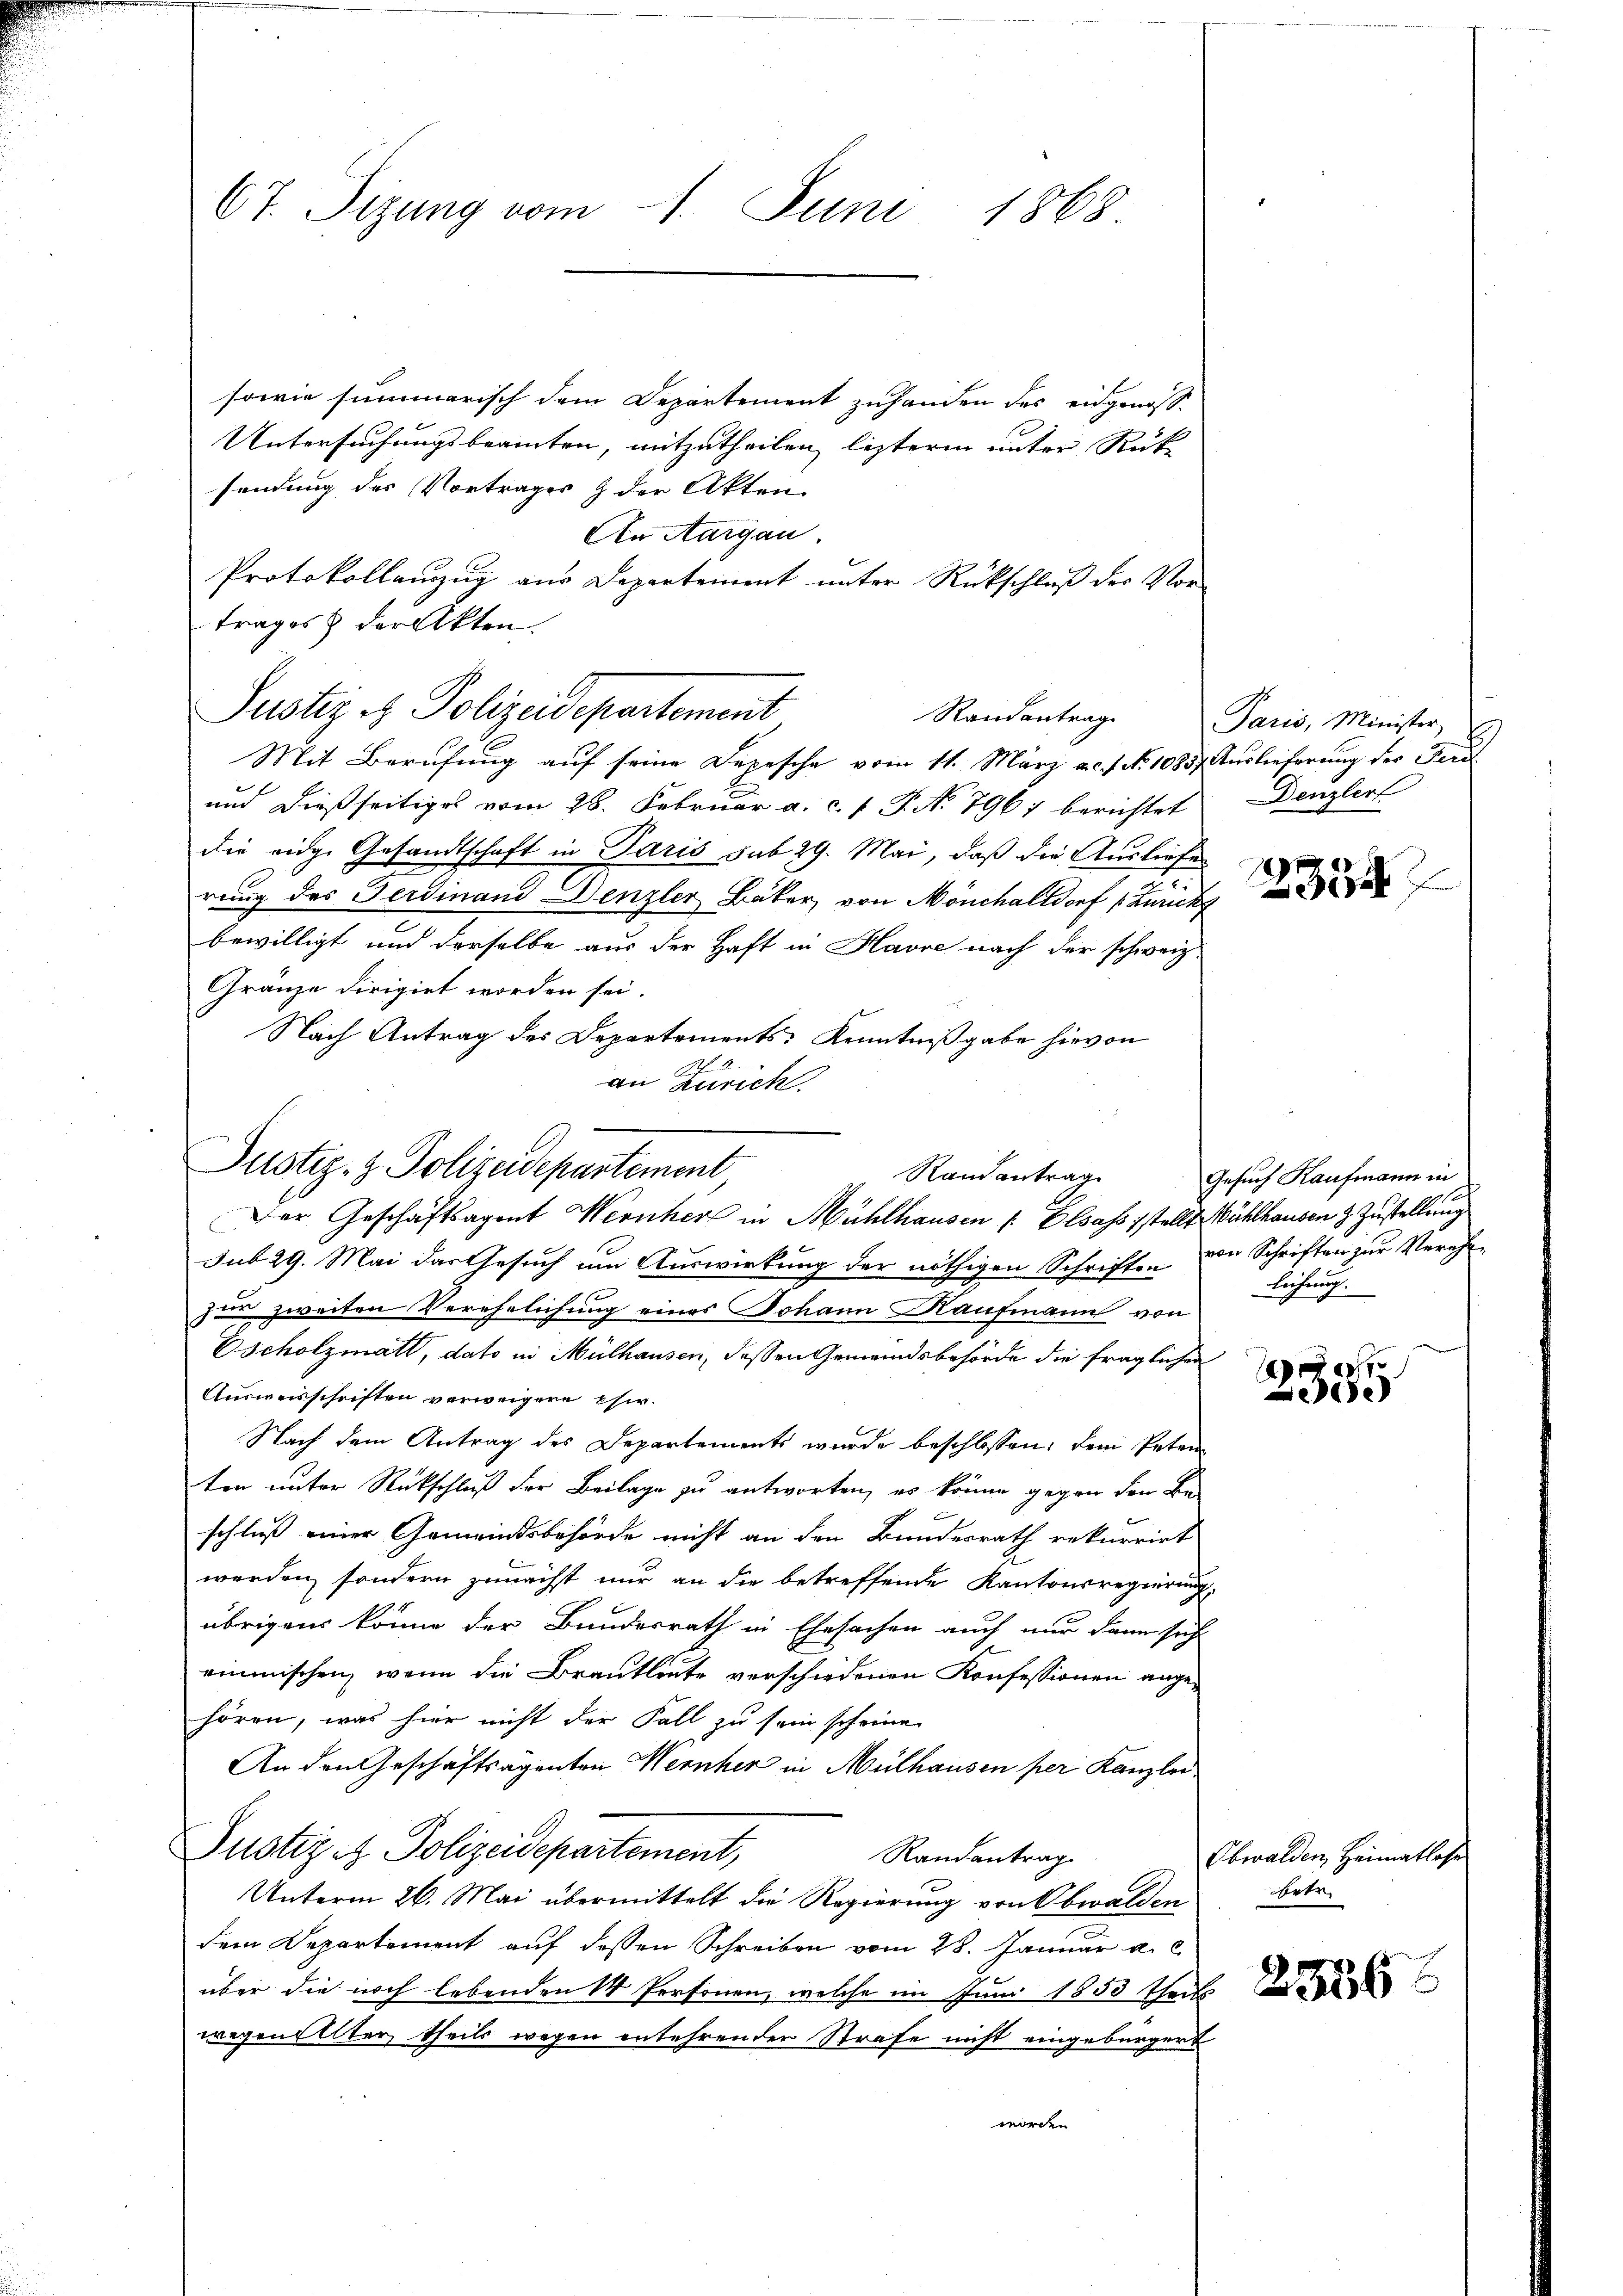
67. Sizung vom 14. Juni 1868

sowie summarisch dem Departement zuhanden des eidgenosse
Untersuchungsbeamten, mitzutheilen lezteren unter Rück-
sendung des Vortrages & der Akten.
An Aargau
Protokollanzug aus Departement unter Rückschluß der Vor-
trages & der Akten.
Randantrage
Mit Berufung auf seine Depesche vom 11. März a. f. No. 1083. Auslieferung der Ferd
und dießseitiges vom 28. Februar a. c. f. J. No 796) berichtet
die eidge Gesandtschaft in Paris sub 29. Mai, daß die Ausliefe
rung des Ferdinand Denzler Bäker von Mönchalldorf (Zürich
bewilligt und derselbe aus der Haft in Havre nach der schweiz.
Gränze dirigirt worden sei.
Nach Antrag des Departements: Kenntnißgabe hievon
an Zürich.

Justiz es Polizeidepartement

Justiz- & Polizeidepartement,
Randantrag

Der Geschäftsagent Wernher in Mühlhausen ( Elsass stellt Mühlhausen & Zustellung
sub 29. Mai das Gesuch um Auswirkung der nöthigen Schriften von Schriften zur Verehezus zweiten Verehelichung eines Johann Kaufmann von
Oscholzmatt, dato in Mülhausen, dessen Gemeindsbehörde die fraglichen
Ausweisschriften verweigern eher.
Nach dem Antrag des Departements wurde beschlossen, dem Peten
ten unter Rückschluß der Beilage zu antworten, es könne gegen den Be-
schluß einer Gemeindsbehörde nicht an den Bundesrath rekurrirt
werden, sondern zunächst nur an die betreffende Kantonsregierung
übrigens könne der Bundesrath in Ehesachen auch nur dann sich
rinmischen, wenn die Brautleute verschiedenen Konfessionen angehören, was hier nicht der Fall zu sein scheine
An den Geschäftsagenten Wernher in Mülhausen per Kanzlei
Justiz & Polizeidepartement,
Randantrag
Unterm 26. Mai übermittelt die Regierung von Obwalden
dem Departement auf dessen Schreiben vom 28. Januar a. c.
über die noch lebenden 1 Personen, welche im Juni 1853 Theils
wegeneiter theils wegen entehrender Strafe nicht eingebürgert
worden

Paris, Minister,
Denzler

23347

Gesuch Kaufmann in
0
lichung.

e
De

Obwalden Heimatlose
herte,

256